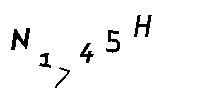
N1745H